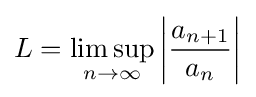
L=\limsup _{n\to \infty }\left|{\frac {a_{n+1}}{a_{n}}}\right|